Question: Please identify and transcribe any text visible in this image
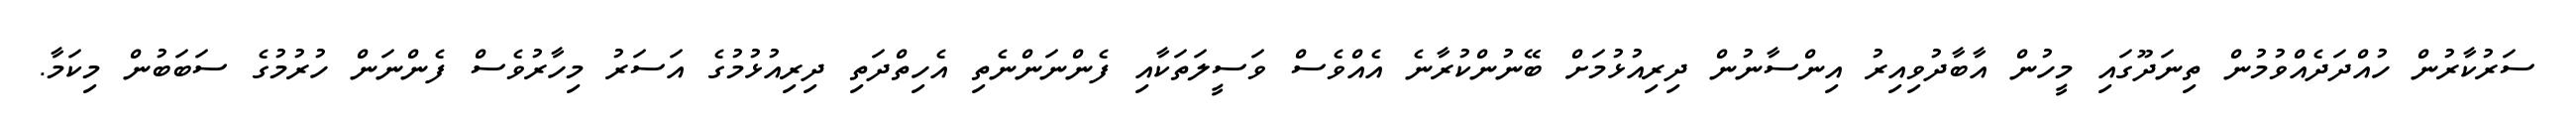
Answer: ސަރުކާރުން ހުއްދަދެއްވުމުން ތިނަދޫގައި މީހުން އާބާދުވިއިރު އިންސާނުން ދިރިއުޅުމަށް ބޭނުންކުރާނެ އެއްވެސް ވަސީލަތަކާއި ފެންނަންނެތި އެހިތްދަތި ދިރިއުޅުމުގެ އަސަރު މިހާރުވެސް ފެންނަން ހުރުމުގެ ސަބަބުން މިކަމާ.